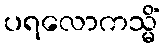
ပရလောကသ္မိံ